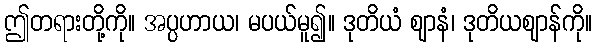
ဤတရားတို့ကို။ အပ္ပဟာယ၊ မပယ်မူ၍။ ဒုတိယံ ဈာနံ၊ ဒုတိယဈာန်ကို။